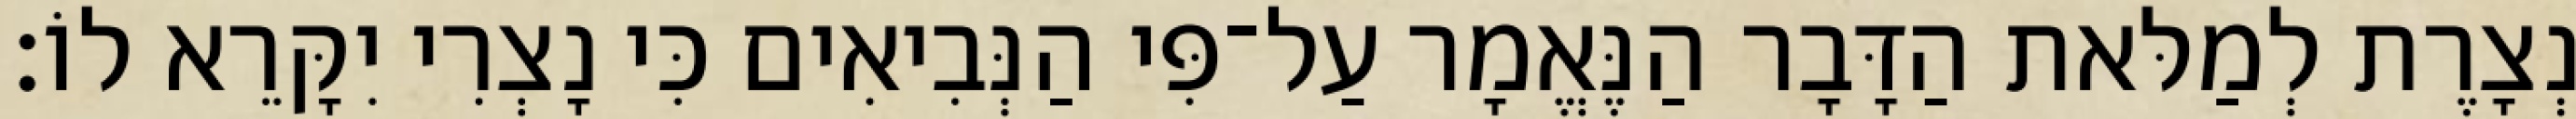
נְצָרֶת לְמַלּאת הַדָּבָר הַנֶּאֱמָר עַל־פִּי הַנְּבִיאִים כִּי נָצְרִי יִקָּרֵא לוֹ׃